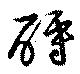
酹